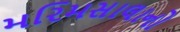
મરિમસાલાનો